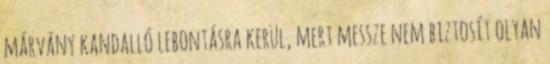
márvány kandalló lebontásra kerül, mert messze nem biztosít olyan